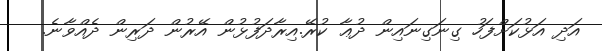
އަދި އަޅުކަަށްފަހު ގިނަގިނައިން ދުޢާ ކުރޭ.އިރާދަފުޅުން އޭރުން ދަރިން ދެއްވާނެ.